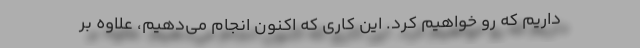
داریم که رو خواهیم کرد. این کاری که اکنون انجام می‌دهیم، علاوه بر